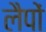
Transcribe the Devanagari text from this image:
लैपों